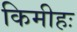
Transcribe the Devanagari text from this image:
किमीहः